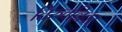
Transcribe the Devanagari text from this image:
तिरुवल्लिवर